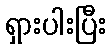
ရှားပါးပြီး